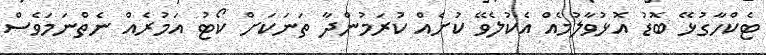
ޓެކްހާގުޅޭ ބޮޑު އޮޅުވާލުމެއް އެކުލެވޭ ކުށެއް ކުރަމުންދާ ތަނަކަށް ކޯޓު އަމުރެއް ނެތްނަމަވެސް